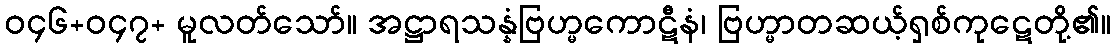
ဝ၄၆+ဝ၄၇+ မူလတ်သော်။ အဋ္ဌာရသန္နံဗြဟ္မကောဋီနံ၊ ဗြဟ္မာတဆယ့်ရှစ်ကုဋေတို့၏။